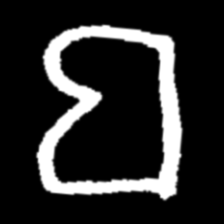
Pyu character \u2014 Myanmar letter: ဗ (romanized: ba)